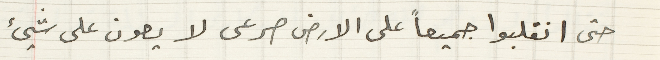
حتى انقلبوا جميعاً على الارض صرعى لا يعون على شيئ